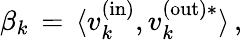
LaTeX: \beta_{k}\, =\, \langle v_{k}^{\mathrm{(in)}},v_{k}^{\mathrm{(out)*}}\rangle\, ,